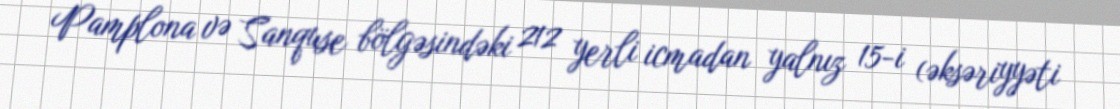
Pamplona və Sanquse bölgəsindəki 212 yerli icmadan yalnız 15-i (əksəriyyəti